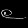
Digit: ၉